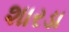
શારડા